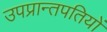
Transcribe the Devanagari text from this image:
उपप्रान्तपतियों